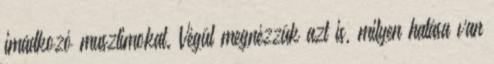
imádkozó muszlimokat. Végül megnézzük azt is, milyen hatása van